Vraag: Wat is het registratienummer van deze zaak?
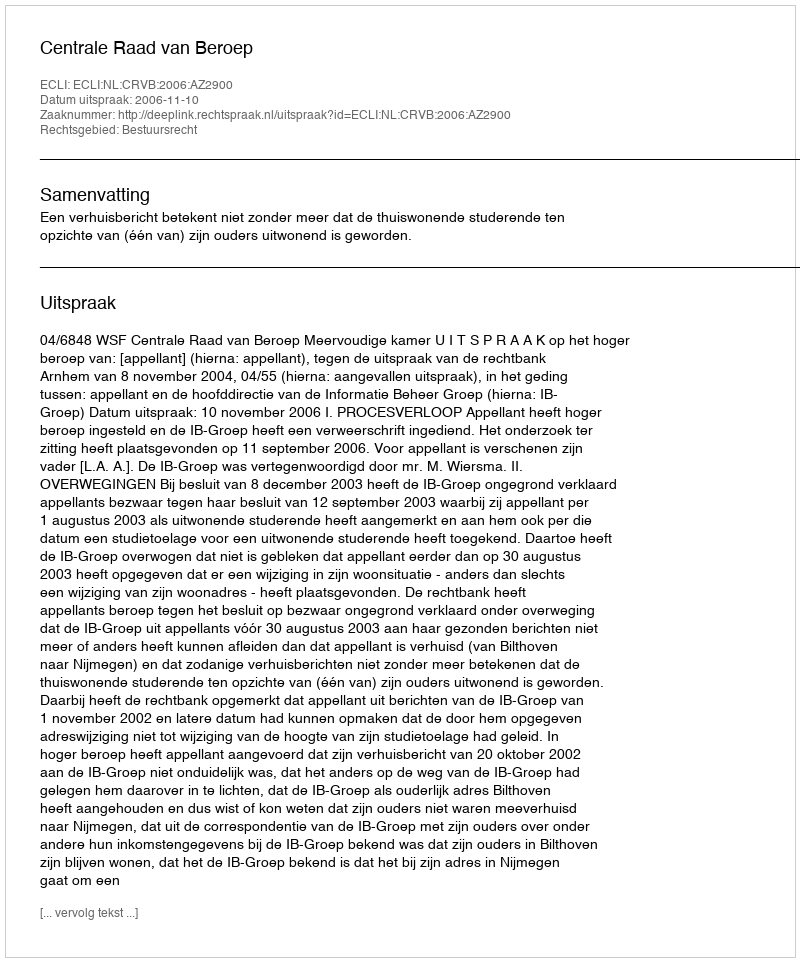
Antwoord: http://deeplink.rechtspraak.nl/uitspraak?id=ECLI:NL:CRVB:2006:AZ2900